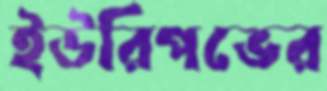
ইউরিপভের